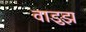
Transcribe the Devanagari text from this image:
वाडुझ